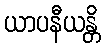
ယာပနီယန္တိ